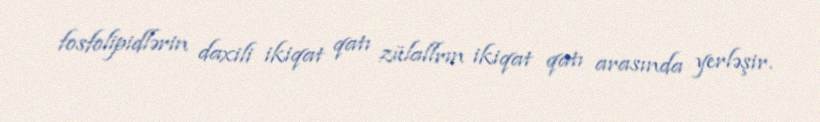
fosfolipidlərin daxili ikiqat qatı zülallrın ikiqat qatı arasında yerləşir.